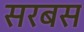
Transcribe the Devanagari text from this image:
सरबस